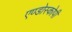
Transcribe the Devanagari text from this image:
एण्डोस्कोपी